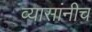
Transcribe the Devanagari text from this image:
व्यासांनीच